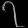
Digit: ၇